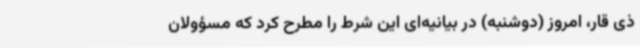
ذی قار، امروز (دوشنبه) در بیانیه‌ای این شرط را مطرح کرد که مسؤولان